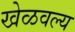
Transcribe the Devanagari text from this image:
खेळवल्य